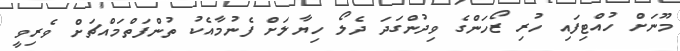
މޫނަށް ހުއްޓިފައި ހުރި ޒޯހަންގެ ވިދުންގަދަ ދެލޯ ހިޔާލަށް ފެނުމާއެކު ތުންފަތްމައްޗަށް ވެރިވީ